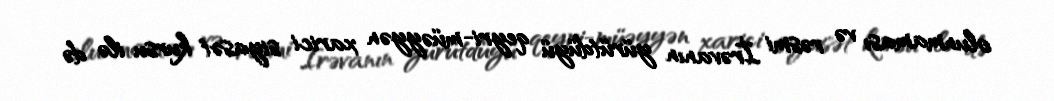
olunmaması və rəsmi İrəvanın yürütdüyü qeyri-müəyyən xarici siyasət kursu ilə də